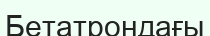
Бетатрондағы